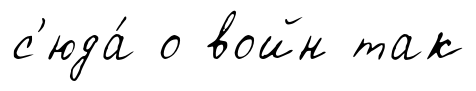
с'юда́ о войн так